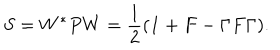
S = W ^ { * } P W = \frac { 1 } { 2 } ( { \bf 1 } + F - \Gamma F \Gamma ) .